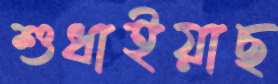
শুধাইয়াছ